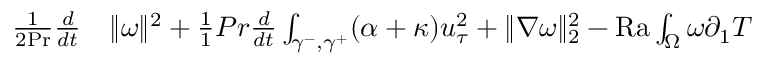
\begin{array} { r l } { \frac { 1 } { 2 \mathrm { { P r } } } \frac { d } { d t } } & { { } \| \omega \| ^ { 2 } + \frac { 1 } { 1 } { { P r } } \frac { d } { d t } \int _ { \gamma ^ { - } , \gamma ^ { + } } ( \alpha + \kappa ) u _ { \tau } ^ { 2 } + \| \nabla \omega \| _ { 2 } ^ { 2 } - \mathrm { { R a } } \int _ { \Omega } \omega \partial _ { 1 } T } \end{array}